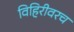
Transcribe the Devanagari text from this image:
विहिरीवरच